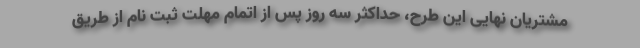
مشتریان نهایی این طرح، حداکثر سه روز پس از اتمام مهلت ثبت نام از طریق